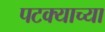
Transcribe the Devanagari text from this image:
पटक्याच्या